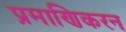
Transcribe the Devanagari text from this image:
प्रमाणिकरन